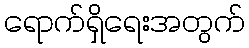
ရောက်ရှိရေးအတွက်